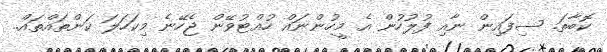
ކޮބާތަ. ސިފައިން ނާއި ފުލުހުން އެ މީހުންނައް ހުއްޓުވޭން ޖެހޭނެ މިކަހަލަ ކަންތައްތައް..